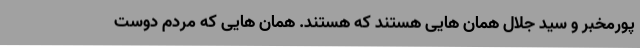
پورمخبر و سید جلال همان هایی هستند که هستند. همان هایی که مردم دوست